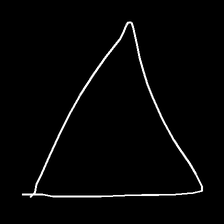
Glyph: convergence